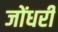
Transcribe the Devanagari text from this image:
जोंधरी